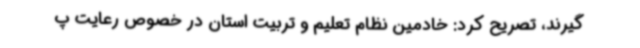
گیرند، تصریح کرد: خادمین نظام تعلیم و تربیت استان در خصوص رعایت پ